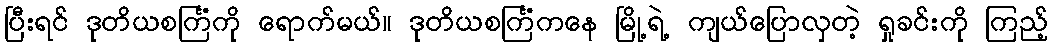
ပြီးရင် ဒုတိယစင်္ကြံကို ရောက်မယ်။ ဒုတိယစင်္ကြံကနေ မြို့ရဲ့ ကျယ်ပြောလှတဲ့ ရှုခင်းကို ကြည့်